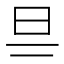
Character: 𣄾